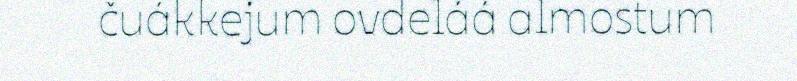
čuákkejum ovdeláá almostum